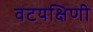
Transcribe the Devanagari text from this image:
वटयक्षिणी